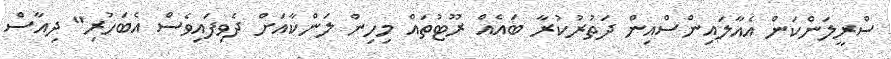
ސްރީލަންކަން އެއާލައިންސްއިން ދަތުރުކުރާ ބައެއް ރޫޓުތައް މިހިން ލަންކާއަށް ދެވިފައިވެސް އެބަހުރި" ދިއާސް